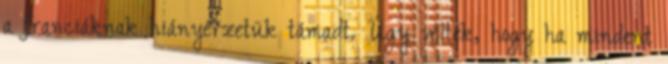
a franciáknak hiányérzetük támadt. Úgy vélték, hogy ha mindent